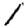
Digit: 1